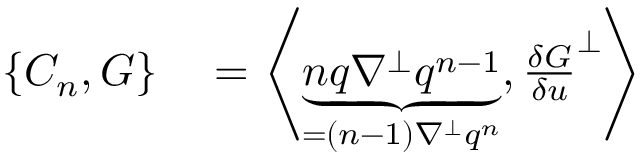
\begin{array} { r l } { \{ C _ { n } , G \} } & { { } = \left\langle \underbrace { n q \nabla ^ { \perp } q ^ { n - 1 } } _ { = ( n - 1 ) \nabla ^ { \perp } q ^ { n } } , \frac { \delta G } { \delta u } ^ { \perp } \right\rangle } \end{array}